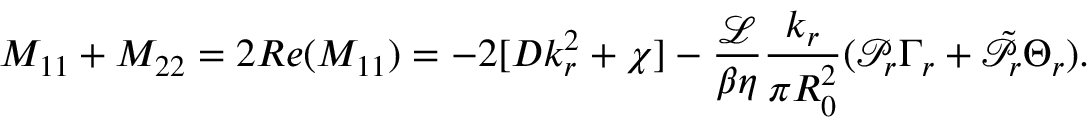
M _ { 1 1 } + M _ { 2 2 } = 2 R e ( M _ { 1 1 } ) = - 2 [ D k _ { r } ^ { 2 } + \chi ] - \frac { \mathcal { L } } { \beta \eta } \frac { k _ { r } } { \pi R _ { 0 } ^ { 2 } } ( \mathcal { P } _ { r } \Gamma _ { r } + \tilde { \mathcal { P } } _ { r } \Theta _ { r } ) .